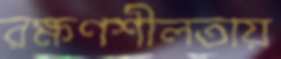
রক্ষণশীলতায়